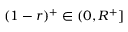
( 1 - r ) ^ { + } \in ( 0 , R ^ { + } ]